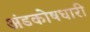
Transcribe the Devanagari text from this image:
अंडकोषधारी